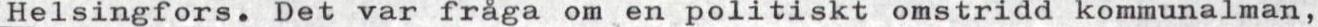
Helsingfors. Det var fråga om en politiskt omstridd kommunalman,